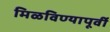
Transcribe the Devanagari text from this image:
मिळविण्यापूर्वी